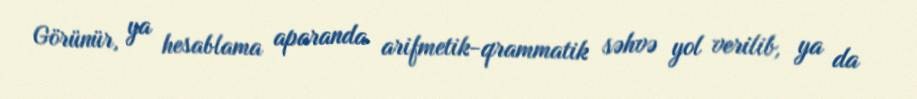
Görünür, ya hesablama aparanda arifmetik-qrammatik səhvə yol verilib, ya da